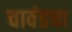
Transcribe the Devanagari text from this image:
चावंडचा